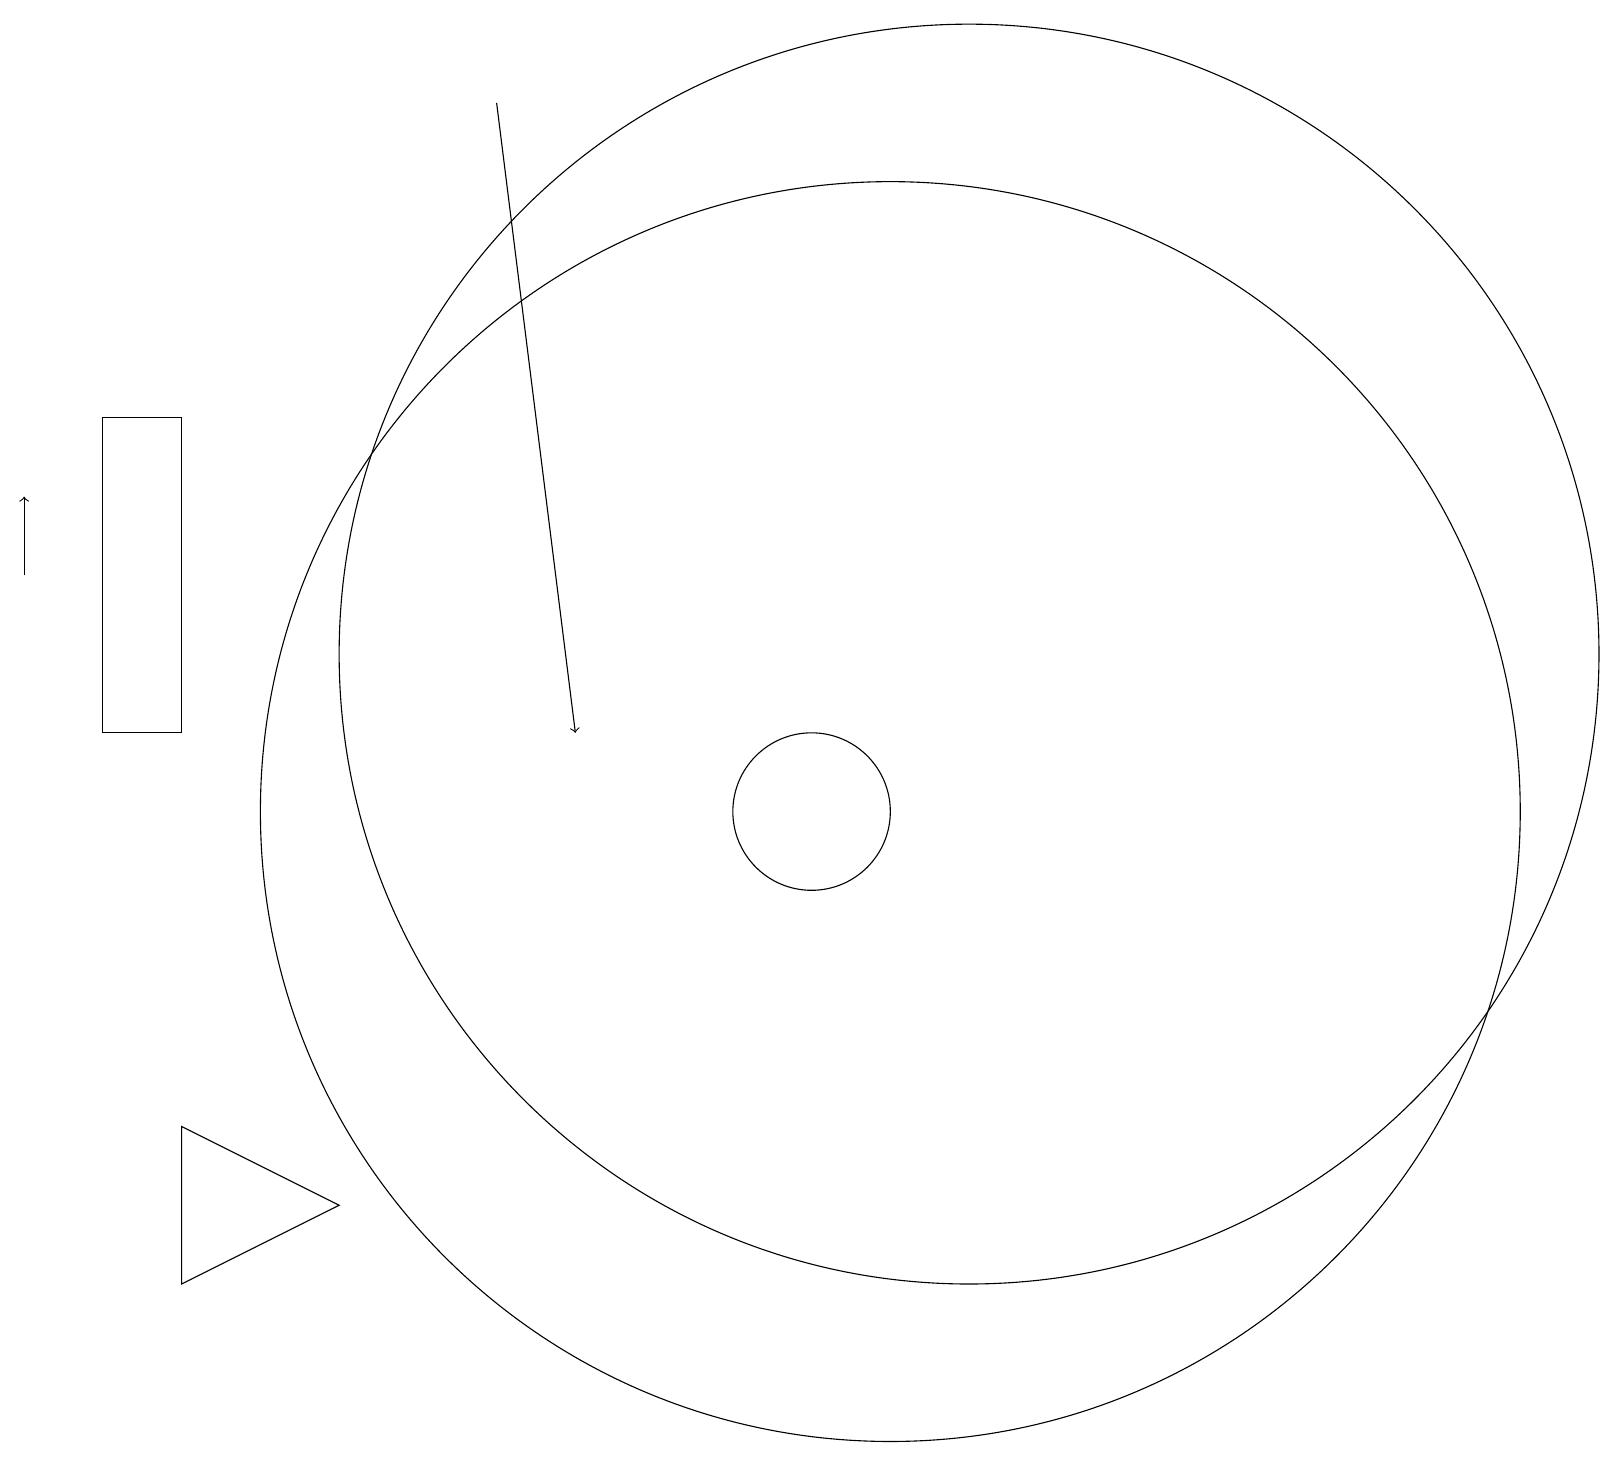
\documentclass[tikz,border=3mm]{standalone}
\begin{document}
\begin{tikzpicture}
\draw (10,11) circle (0);
\draw[->] (0,13) -- (0,14);
\draw (12,12) circle (8);
\draw (2,15) rectangle (1,11);
\draw (11,10) circle (8);
\draw (10,10) circle (1);
\draw[->] (6,19) -- (7,11);
\draw (4,5) -- (2,6) -- (2,4) -- cycle;
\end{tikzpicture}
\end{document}